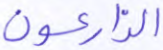
الزارعون